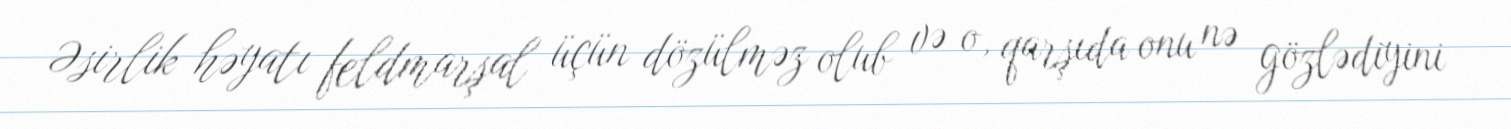
Əsirlik həyatı feldmarşal üçün dözülməz olub və o, qarşıda onu nə gözlədiyini